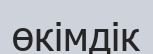
өкімдік